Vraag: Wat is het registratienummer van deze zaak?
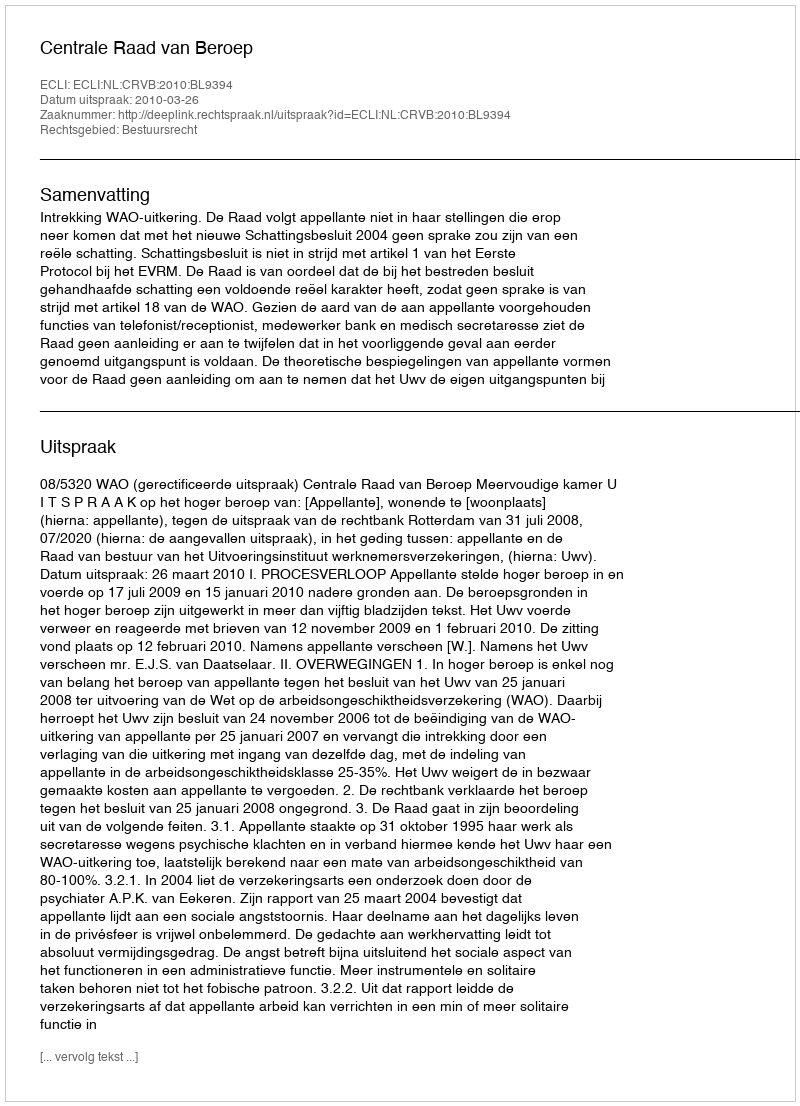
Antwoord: http://deeplink.rechtspraak.nl/uitspraak?id=ECLI:NL:CRVB:2010:BL9394